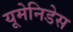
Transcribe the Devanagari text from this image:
यूमेनिडेस